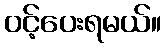
ဝင့်ပေးရမယ်။